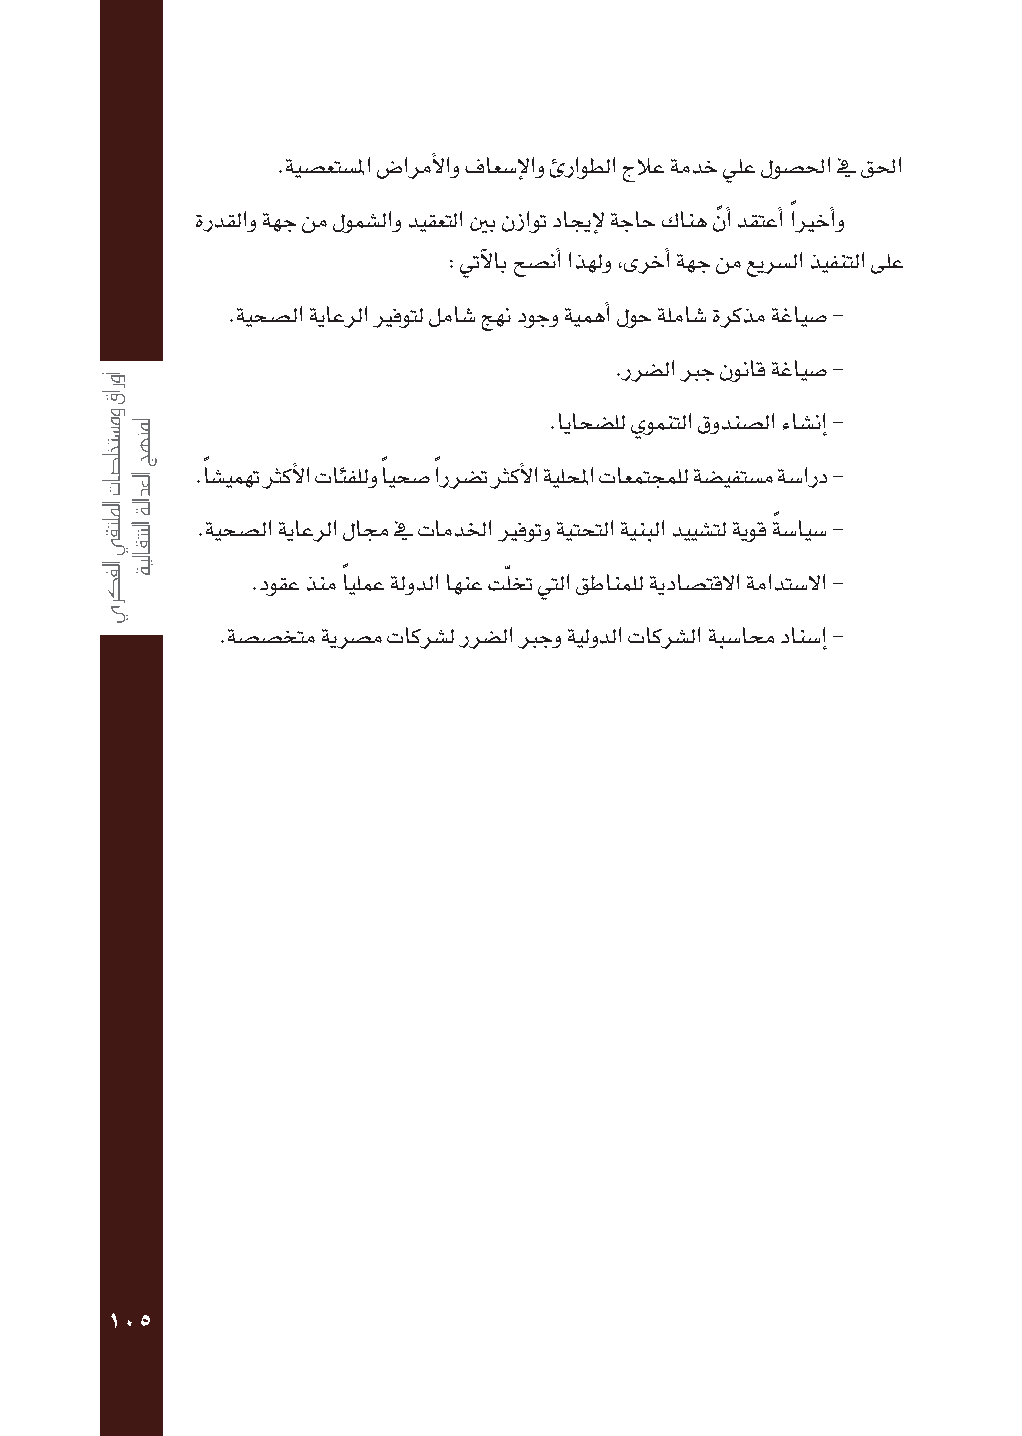
.ةيش�عتش�لما ض�ارمألاو فاعش�إلاو ئراوطلا جلاع ةمدخ يلع لوش�لحا في قلحا
 ةردقلاو ةهج نم لومش�لاو ديقعتلا ينب نزاوت داجيإل ةجاح كانه نً أا دقتعأا اًيرخأاو
 : يتآلاب حش�نأا اذهلو ,ىرخأا ةهج نم عيرش�لا ذيفنتلا ىلع
 .ةيحش�لا ةياعرلا يرفوتل لماش� جهن دوجو ةيمهأا لوح ةلماش� ةركذم ةغايش� -
 .ررش�لا برج نوناق ةغايش� -
 .اياحش�لل يومنتلا قودنش�لا ءاش�نإا -
 .اًش�يمهت ثركألا تائفللو اًيحش� اًررش�ت ثركألا ةيلحلما تاعمتجملل ةش�يفتش�م ةش�ارد -
 .ةيحش�لا ةياعرلا لامج في تامدلخا يرفوتو ةيتحتلا ةينبلا دييش�تل ةيوق ةً ش�ايش� -
 .دوقع ذنم اًيلمع ةلودلا اهنع تلّخت يتلا قطانملل ةيداش�تقلا ةمادتش�لا -
 .ةش�ش�ختم ةيرش�م تاكرش�ل ررش�لا برجو ةيلودلا تاكرش�لا ةبش�امح دانش�إا -
 105